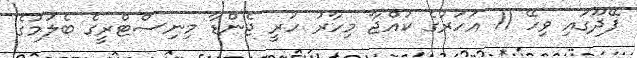
ފޭދޫގައި ވިހޭ 11 އަހަރުގެ ކުއްޖާ މިހާރު ހުރީ ޖެންޑާ މިނިސްޓްރީގެ ބެލުމުގެ